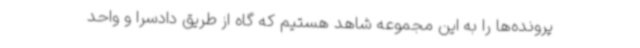
پرونده‌ها را به این مجموعه شاهد هستیم که گاه از طریق دادسرا و واحد